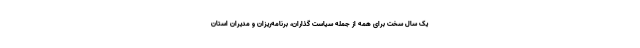
یک سال سخت برای همه از جمله سیاست گذاران، برنامه‌ریزان و مدیران استان